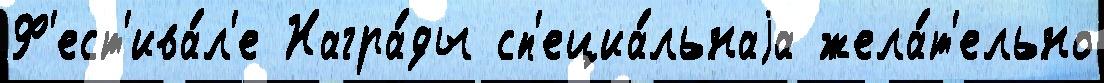
Ф'ест'ива́л'е Награ́ды сп'ециа́льнаjа жела́т'ельно